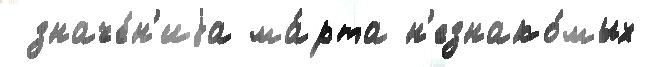
 значе́н'иjа ма́рта н'езнако́мых